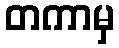
တကာမှ